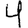
Digit: 4